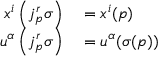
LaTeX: \begin{array} { r l } { x ^ { i } \left( j _ { p } ^ { r } \sigma \right) } & { { } = x ^ { i } ( p ) } \\ { u ^ { \alpha } \left( j _ { p } ^ { r } \sigma \right) } & { { } = u ^ { \alpha } ( \sigma ( p ) ) } \end{array}